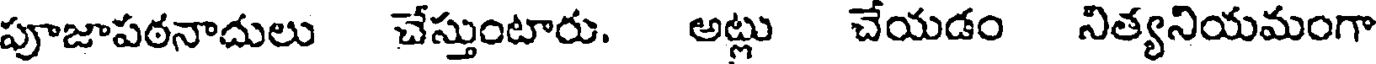
పూజాపఠనాదులు చేస్తుంటారు. అట్లు చేయడం నిత్యనియమంగా